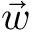
\vec { w }